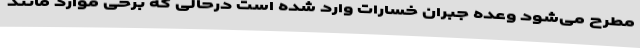
مطرح می‌شود وعده جبران خسارات وارد شده است درحالی که برخی موارد مانند